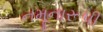
નમૂનારૂપી